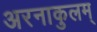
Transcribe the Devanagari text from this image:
अरनाकुलम्‌